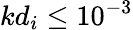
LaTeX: kd_{i}\leq 10^{-3}